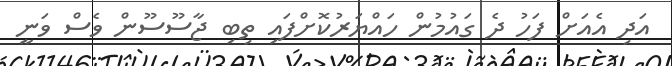
އަދި އެއަށް ފަހު ދެ ގައުމުން ހައްޔަރުކޮށްފައި ތިބި ޖާސޫސޫން ވެސް ވަނީ